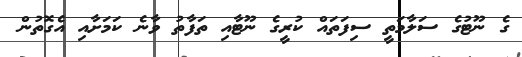
ގެ ނޫޓުގެ ސަލާމަތީ ސިފަތައް ކުރީގެ ނޫޓާއި ތަފާތު ވާނެ ކަމަށާއި އެގޮތުން